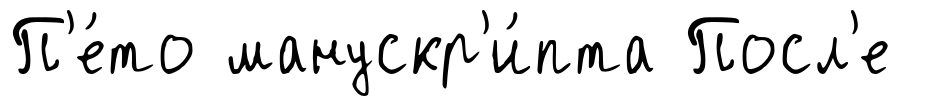
П'е́то манускр'и́пта Посл'е